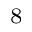
_ 8